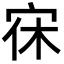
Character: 𭓭